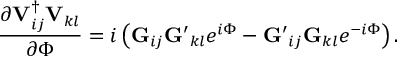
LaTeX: \frac { \partial { \bf V } _ { i j } ^ { \dagger } { \bf V } _ { k l } } { \partial \Phi } = i \left( { \bf G } _ { i j } { \bf G ^ { \prime } } _ { k l } e ^ { i \Phi } - { \bf G ^ { \prime } } _ { i j } { \bf G } _ { k l } e ^ { - i \Phi } \right) .